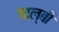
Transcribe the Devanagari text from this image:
गाल्बी